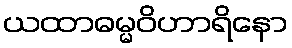
ယထာဓမ္မဝိဟာရိနော